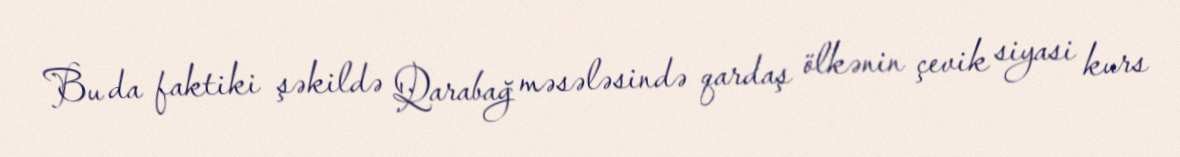
Bu da faktiki şəkildə Qarabağ məsələsində qardaş ölkənin çevik siyasi kurs